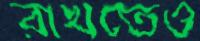
রাখতেও